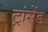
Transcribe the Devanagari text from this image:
ट्रांसेंड